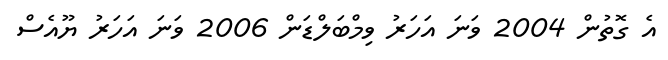
އެ ގޮތުން 2004 ވަނަ އަހަރު ވިމްބަލްޑަން 2006 ވަނަ އަހަރު ޔޫއެސް